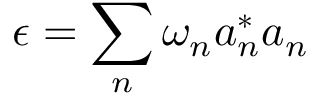
\epsilon = \sum _ { n } \omega _ { n } a _ { n } ^ { * } a _ { n }